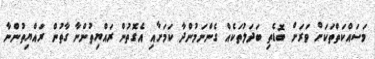
މަސައްކަތްތަކަށް ވަރަށް ބޮޑެތި ބަދަލުތަކެއް ގެންނަމުންދާ ކަމަށާއި އެގޮތުން ރައްޔިތުންނާ ގާތުން ރައްޔިތުންނާ